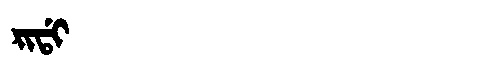
Manchu: ᡵᡳᡩᡳ
Romanization: RIDI